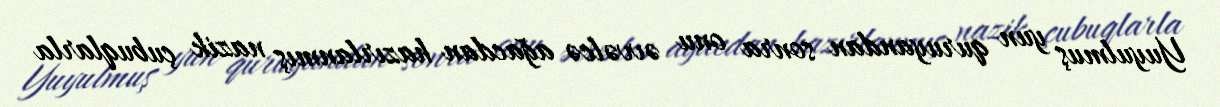
Yuyulmuş yun quruyandan sonra onu əvvəlcə ağacdan hazırlanmış nazik çubuqlarla